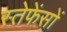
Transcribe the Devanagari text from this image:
स्तेफेंसों